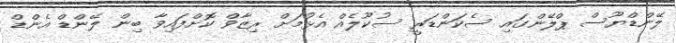
ލޭންޑްޔޫސް ޕްލޭންގައި ސެކަންޑަރީ ސުކޫލެއް އެޅުމަށް ރިޒާވް ކޮށްފައިވާ ބިން ލޭންޑް އެންޑް